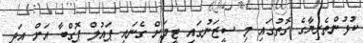
ކުޅުންތެރިޔާގެ ގޮތުގައި މި ސީޒަނުގައި ޓީމަށް ގެނައި ޕައުލް ޕޮގްބާ އަށް އަދި